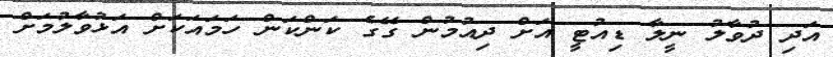
އަދި ދުވާލު ނީލާ ޑިއުޓީ އަށް ދިއުމުން ގޭގެ ކަންކަން ހަމައަކަށް އަޅުވާލުމަށް